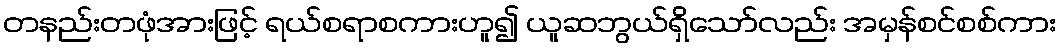
တနည်းတဖုံအားဖြင့် ရယ်စရာစကားဟူ၍ ယူဆဘွယ်ရှိသော်လည်း အမှန်စင်စစ်ကား